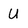
Character: U